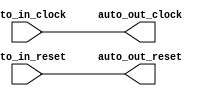
module FixedClockBroadcast( // @[:freechips.rocketchip.system.DefaultRV32Config.fir@103.2]
  input   auto_in_clock, // @[:freechips.rocketchip.system.DefaultRV32Config.fir@104.4]
  input   auto_in_reset, // @[:freechips.rocketchip.system.DefaultRV32Config.fir@104.4]
  output  auto_out_clock, // @[:freechips.rocketchip.system.DefaultRV32Config.fir@104.4]
  output  auto_out_reset // @[:freechips.rocketchip.system.DefaultRV32Config.fir@104.4]
);
  assign auto_out_clock = auto_in_clock; // @[LazyModule.scala 305:12:freechips.rocketchip.system.DefaultRV32Config.fir@118.4]
  assign auto_out_reset = auto_in_reset; // @[LazyModule.scala 305:12:freechips.rocketchip.system.DefaultRV32Config.fir@118.4]
endmodule